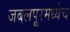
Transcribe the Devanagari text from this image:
जबलपूरमध्येच